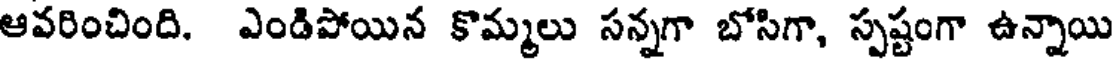
ఆవరించింది. ఎండిపోయిన కొమ్మలు సన్నగా బోసిగా, స్పష్టంగా ఉన్నాయి